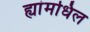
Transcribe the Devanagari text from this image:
ह्यांमधिल